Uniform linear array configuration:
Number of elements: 8
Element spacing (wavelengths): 1
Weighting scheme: blackman
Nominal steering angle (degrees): -45
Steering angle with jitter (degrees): -44.046
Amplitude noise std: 0.05
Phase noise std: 0.05

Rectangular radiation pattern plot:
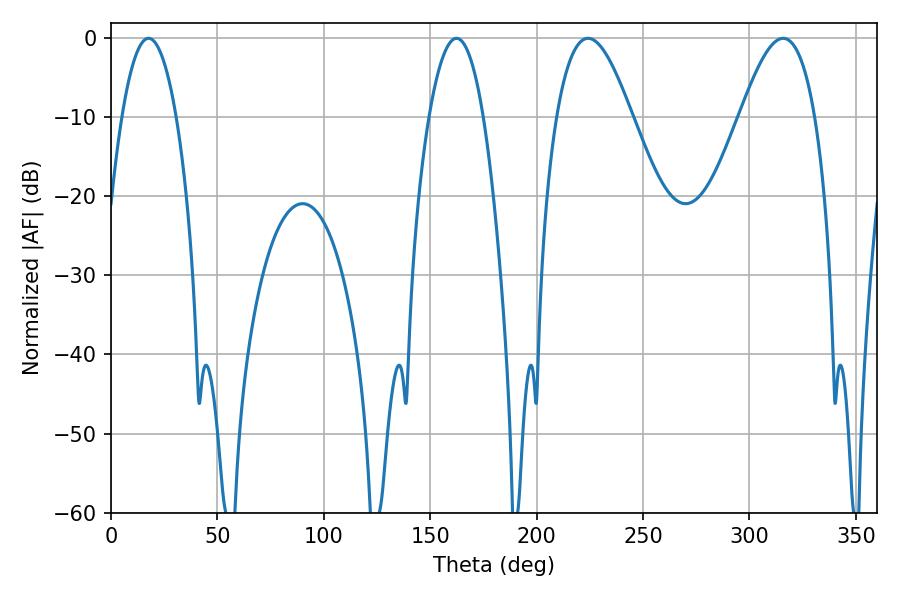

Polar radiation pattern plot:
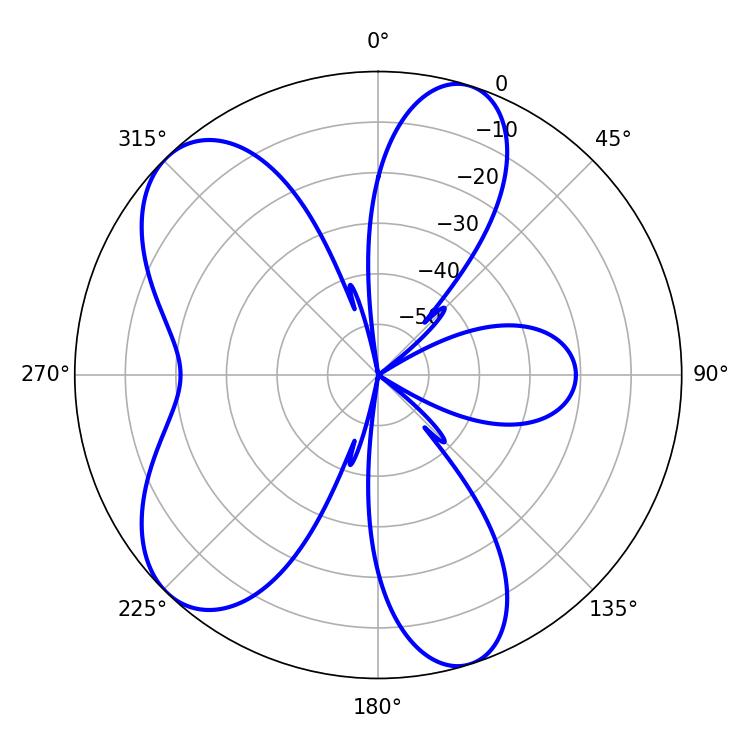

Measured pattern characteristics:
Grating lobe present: TRUE
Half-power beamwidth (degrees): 14.22
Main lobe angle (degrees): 17.64